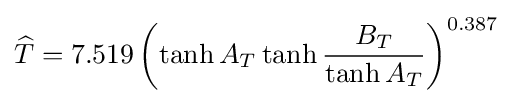
{\widehat {T}}=7.519\left(\tanh {A_{T}}\tanh {{B_{T}} \over {\tanh {A_{T}}}}\right)^{0.387}